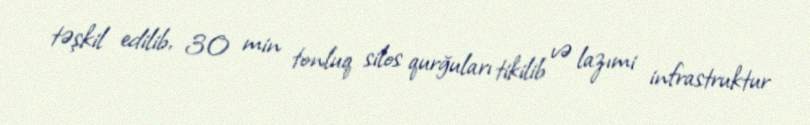
təşkil edilib, 30 min tonluq silos qurğuları tikilib və lazımi infrastruktur